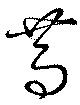
篤